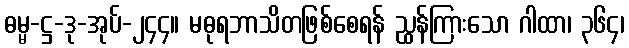
ဓမ္မ-ဋ္ဌ-ဒု-အုပ်-၂၄၄။ မဓုရဘာသိတဖြစ်စေရန် ညွှန်ကြားသော ဂါထာ၊ ၃၆၄၊